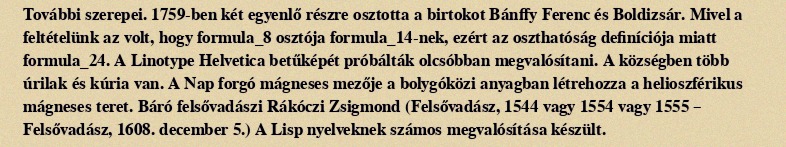
További szerepei. 1759-ben két egyenlő részre osztotta a birtokot Bánffy Ferenc és Boldizsár. Mivel a feltételünk az volt, hogy formula_8 osztója formula_14-nek, ezért az oszthatóság definíciója miatt formula_24. A Linotype Helvetica betűképét próbálták olcsóbban megvalósítani. A községben több úrilak és kúria van. A Nap forgó mágneses mezője a bolygóközi anyagban létrehozza a helioszférikus mágneses teret. Báró felsővadászi Rákóczi Zsigmond (Felsővadász, 1544 vagy 1554 vagy 1555 – Felsővadász, 1608. december 5.) A Lisp nyelveknek számos megvalósítása készült.